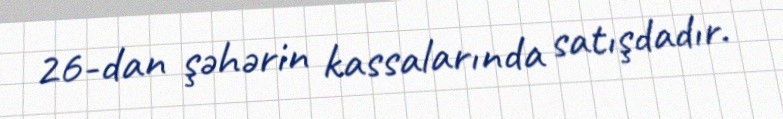
26-dan şəhərin kassalarında satışdadır.